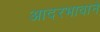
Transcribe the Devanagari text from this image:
आदरभावाने